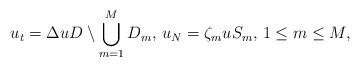
LaTeX: \begin{align*}u_t = \Delta u D \setminus \displaystyle\bigcup_{m = 1}^M D_m, \, u_N = \zeta_m u S_m, \, 1 \leq m \leq M, \,\end{align*}